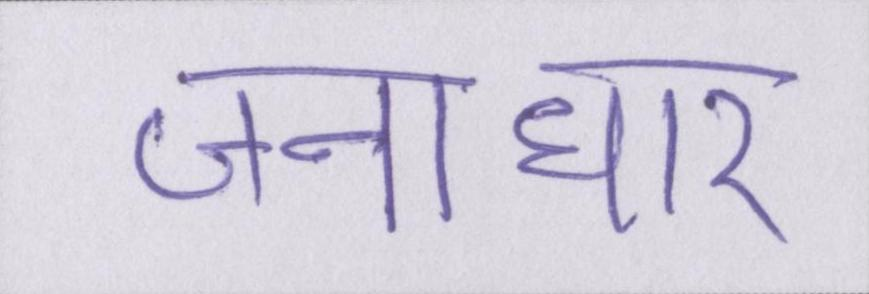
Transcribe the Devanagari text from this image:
जनाधार